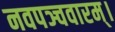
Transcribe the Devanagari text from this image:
नवपञ्चवारम्।